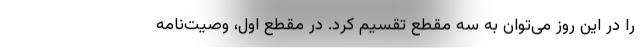
را در این روز می‌توان به سه مقطع تقسیم کرد. در مقطع اول، وصیت‌نامه